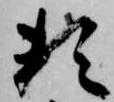
頼